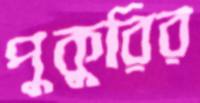
পুকুরির